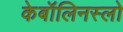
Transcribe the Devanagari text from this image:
केबॉलिनस्लो